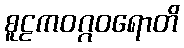
စူဠကဝဂ္ဂဝရောတိ